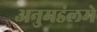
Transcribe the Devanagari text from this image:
अनुमडंलमे